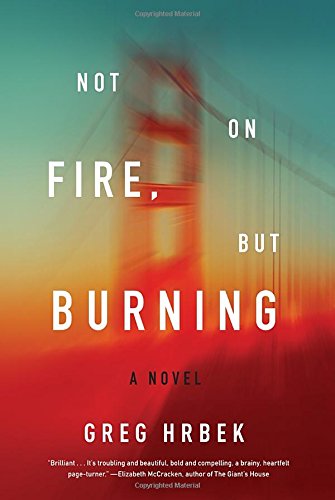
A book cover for Not on Fire, but Burning: A Novel; Greg Hrbek; Science Fiction & Fantasy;